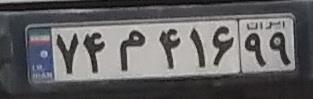
۷۴م۴۱۶۹۹